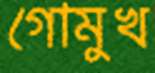
গোমুখ